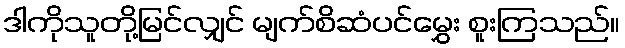
ဒါကိုသူတို့မြင်လျှင် မျက်စိဆံပင်မွှေး စူးကြသည်။